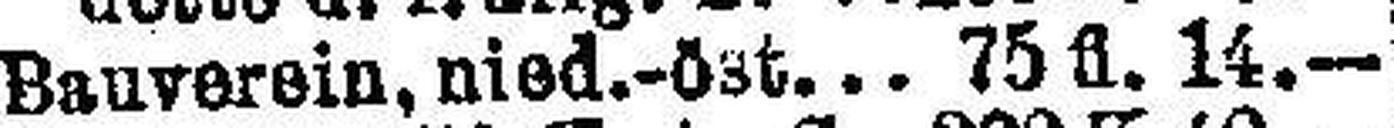
Bauverein, nied.-öst 75 fl. 14.—